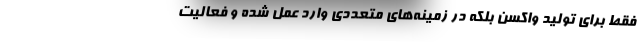
فقط برای تولید واکسن بلکه در زمینه‌های متعددی وارد عمل شده و فعالیت